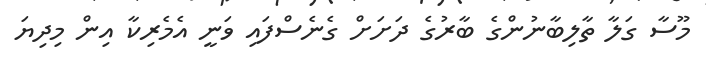
މޫސާ ގަލާ ތާލިބާނުންގެ ބާރުގެ ދަށަށް ގެނެސްފައި ވަނީ އެމެރިކާ އިން މިދިޔަ